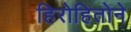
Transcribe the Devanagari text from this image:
हिरोहितोने